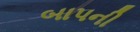
બાપની